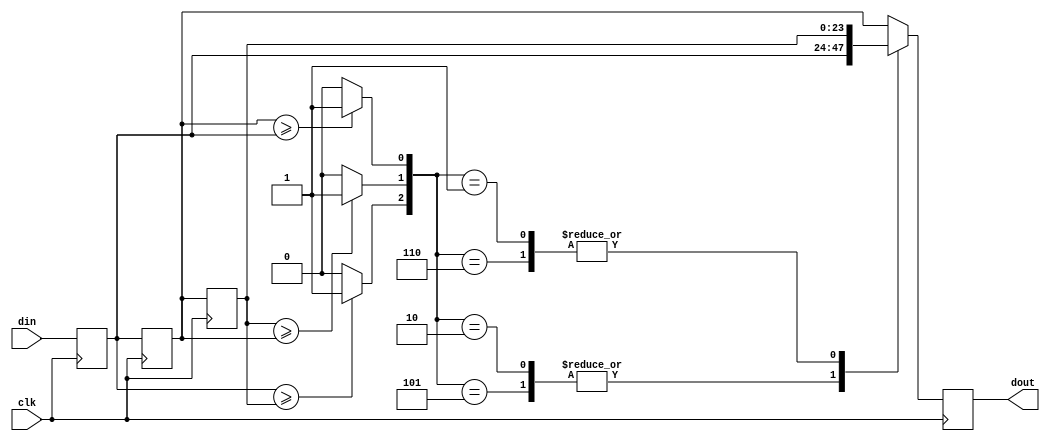
`timescale 1ns / 1ps
//////////////////////////////////////////////////////////////////////////////////
// Company: 
// 
// Design Name: 
// Module Name:    filter_mid 
// Project Name: 
// Target Devices: 
// Tool versions: 
// Description: 
//
// Dependencies: 
//
// Revision: 
// Revision 0.01 - File Created
// Additional Comments: 
//
//////////////////////////////////////////////////////////////////////////////////
module filter_mid(
    input             clk ,
	input     [23:0]  din ,
	output reg[23:0]  dout
    );
    
	reg       [23:0]  din_buf[2:0];
	wire      [2 :0]  comp;
	//
	assign            comp[2] = (din_buf[0] >= din_buf[2]) ? 1'b1 : 1'b0;
	assign            comp[1] = (din_buf[2] >= din_buf[1]) ? 1'b1 : 1'b0;
	assign            comp[0] = (din_buf[1] >= din_buf[0]) ? 1'b1 : 1'b0;
	   
	always@(posedge clk)
	begin
	   din_buf[0] <= din;
	   din_buf[1] <= din_buf[0];
	   din_buf[2] <= din_buf[1];
	end
	
	always@(posedge clk)
	begin
	   case(comp)
	   3'b011 :dout <= din_buf[1];//2>1>0
	   3'b101 :dout <= din_buf[0];//1>0>2
	   3'b110 :dout <= din_buf[2];//0>2>1
	   3'b100 :dout <= din_buf[1];//0>1>2 
	   3'b010 :dout <= din_buf[0];//2>0>1
	   3'b001 :dout <= din_buf[2];//1>2>0
	   default:dout <= din_buf[1];
	   endcase
	end
endmodule